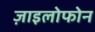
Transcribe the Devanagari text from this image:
ज़ाइलोफोन